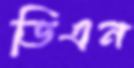
ডিএন